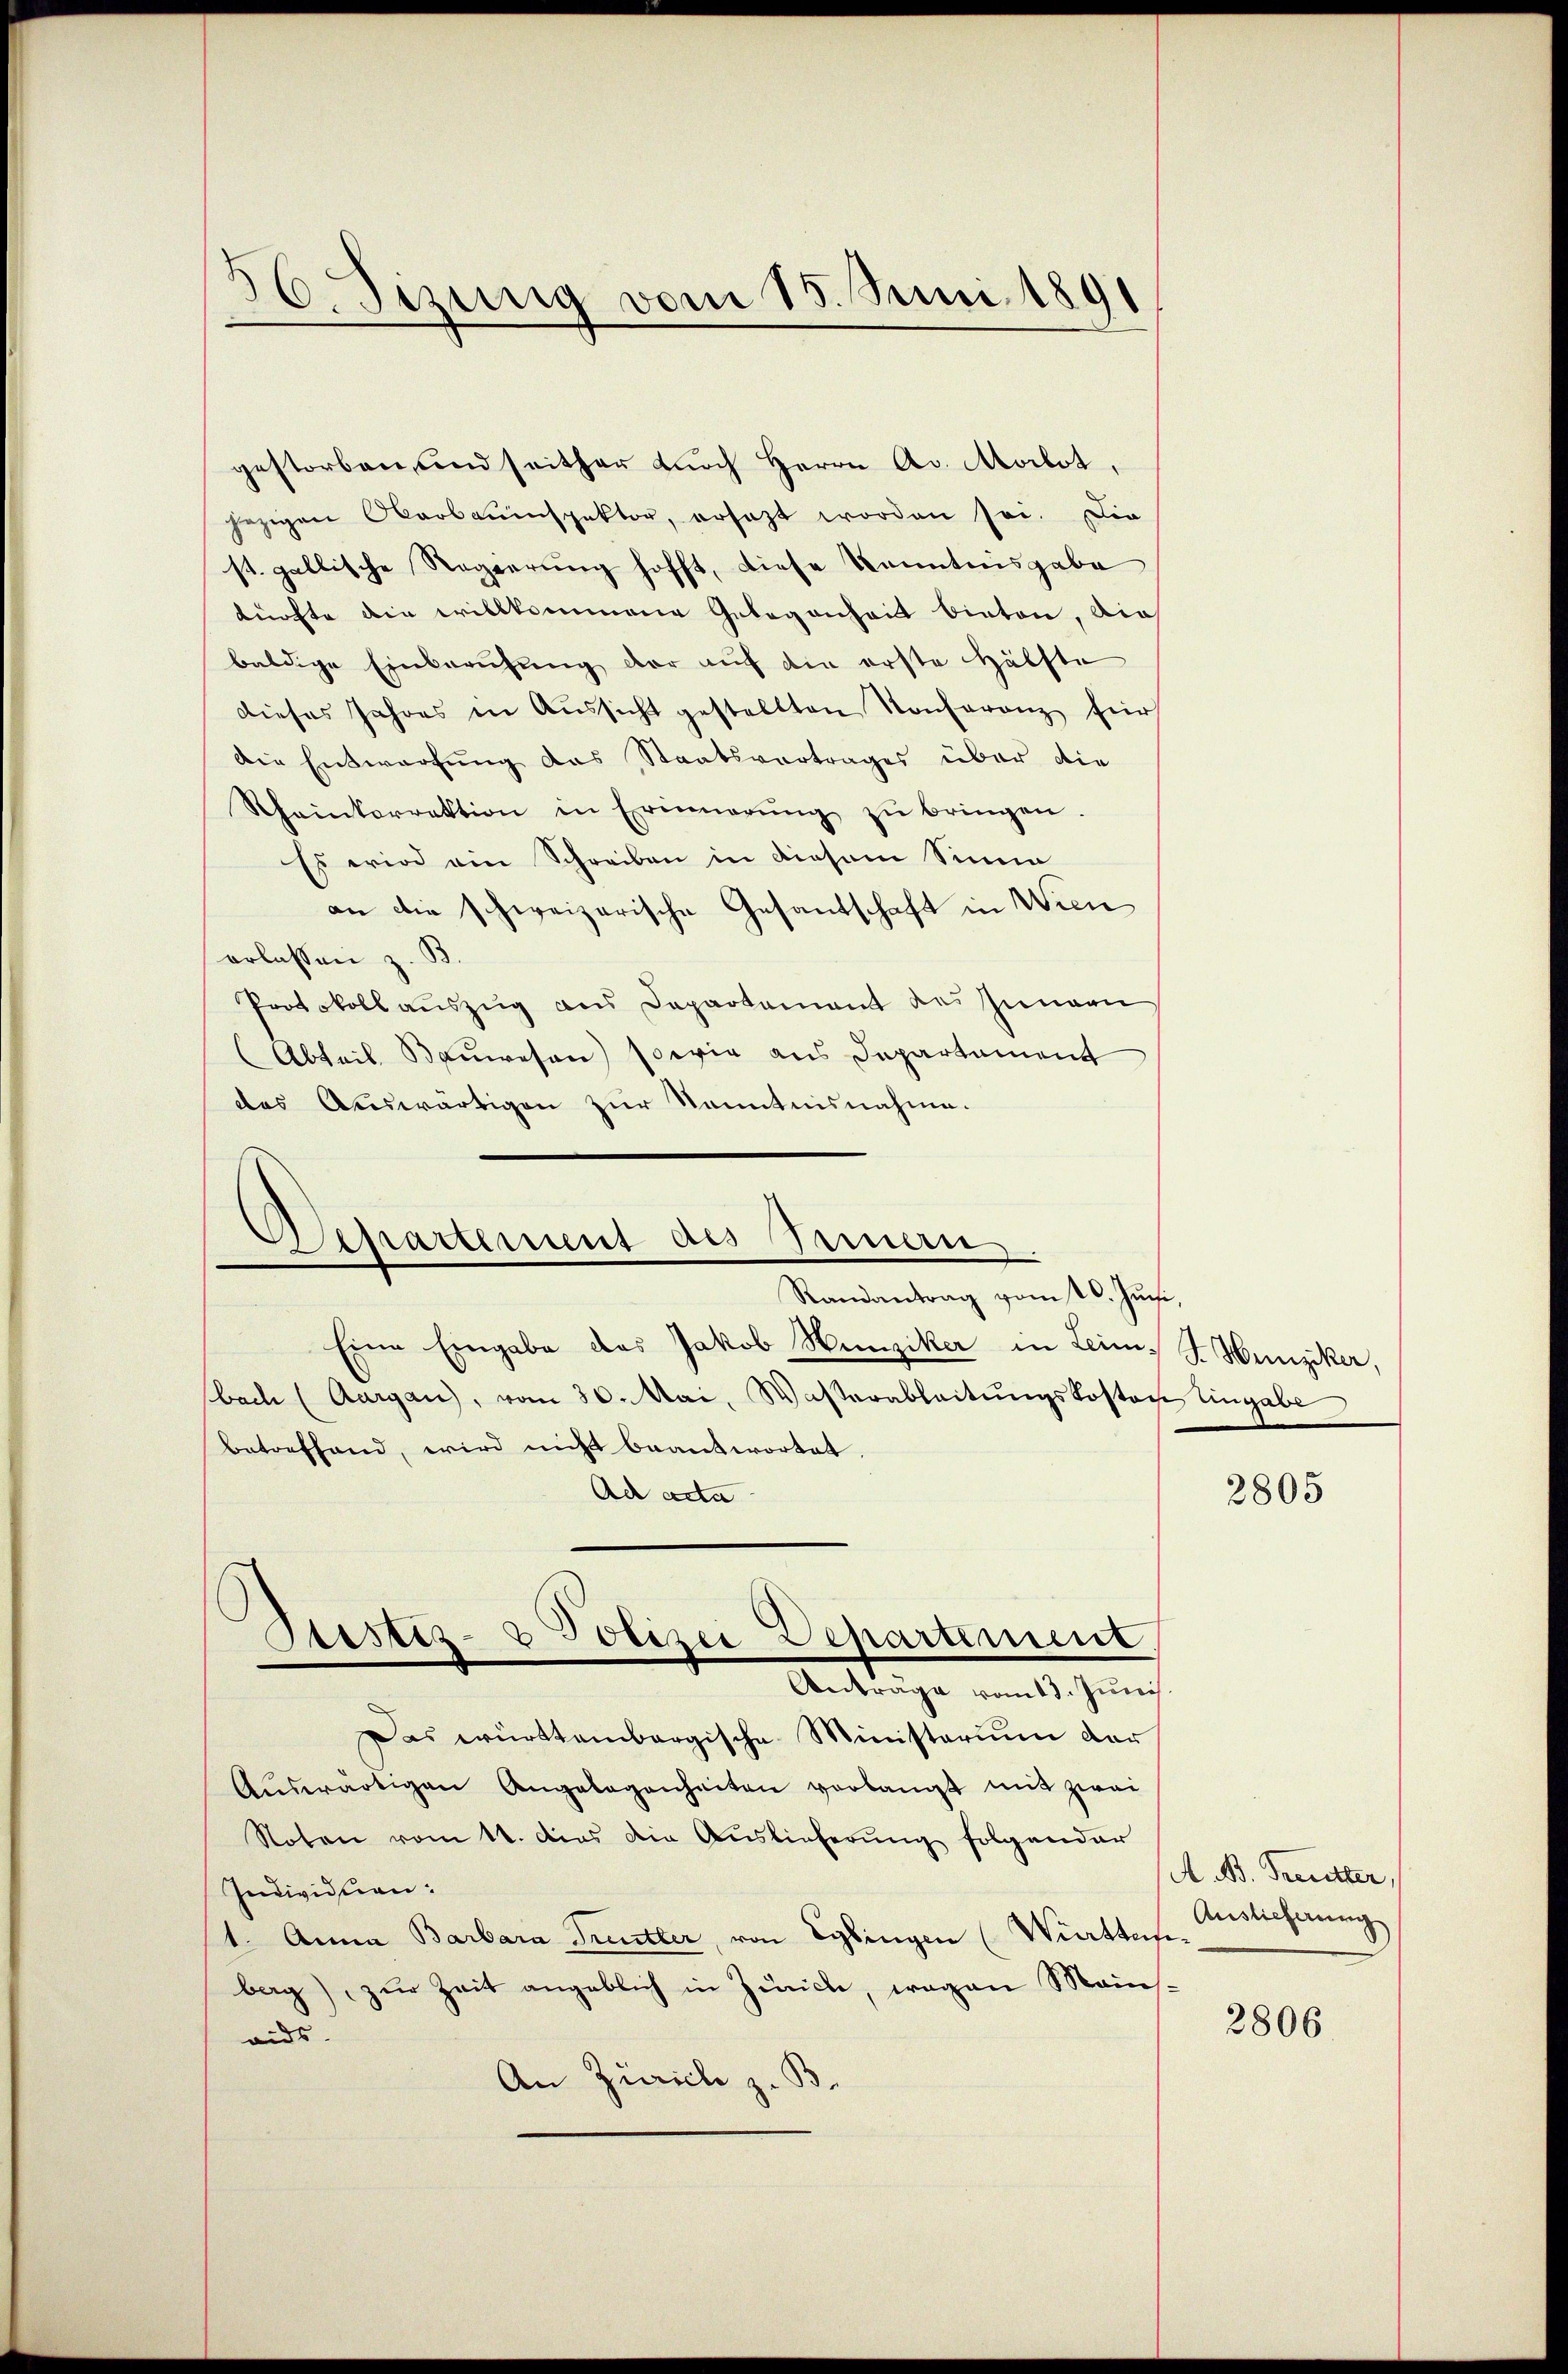
56. Fizung vom 15. Juni 1891

gestorben, und seither durch Herrn Ac. Morlot,
jezigen Oberbauinspektor, ersetzt worden sei. Die
st. gallische Regierung hofft, diese Kenntnisgabe
kürfte die willkommene Gelegenheit bieten, die
baldige Einberufung der aŭf die erste Hälfte
dieses Jahres in Aussicht gestellten Konferenz für
die Entwerfung des Staatsvertrages über die
Rheinkorrektion in Erinnerŭng zŭ bringen.
Es wird ein Schreiben in diesem Sinne
an die schweizerische Gesandschaft in Wien
erlassen z. B.
Protokollauszug aus Departement des Inneru
Abteil Bauwesen) sowie aus Departement
das Auswärtigen zur Kenntnisnahme.

Separtement des Erman.
Randantrag vom 26. Juchi,

Eine Eingabe das Jakob Hunziker in Leim, J. Hunziker,
bach (Aargau, vom 30. Mai, Wasserableitŭngskosten Eingabe
betreffend, wird nicht beantwortet.
Ad acta
Das württembergische Ministerium der
Aŭswärtigen Angelegenheiten verlangt mit zwei
Noten vom 11. das die Auslieferung folgender
Individuen.
1. Anna Barbara Treutter, von Eglingen (Württersberg) zur Zeit angeblich in Zürich, wegen Mainaids.
An Zürich z. B.

Itistiz- & Polizei Departement.
Anträge vom 13. Junis.

2805

A. B. Freutter,
Auslieferung

2806